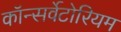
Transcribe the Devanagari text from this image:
कॉन्सर्वेटोरियम